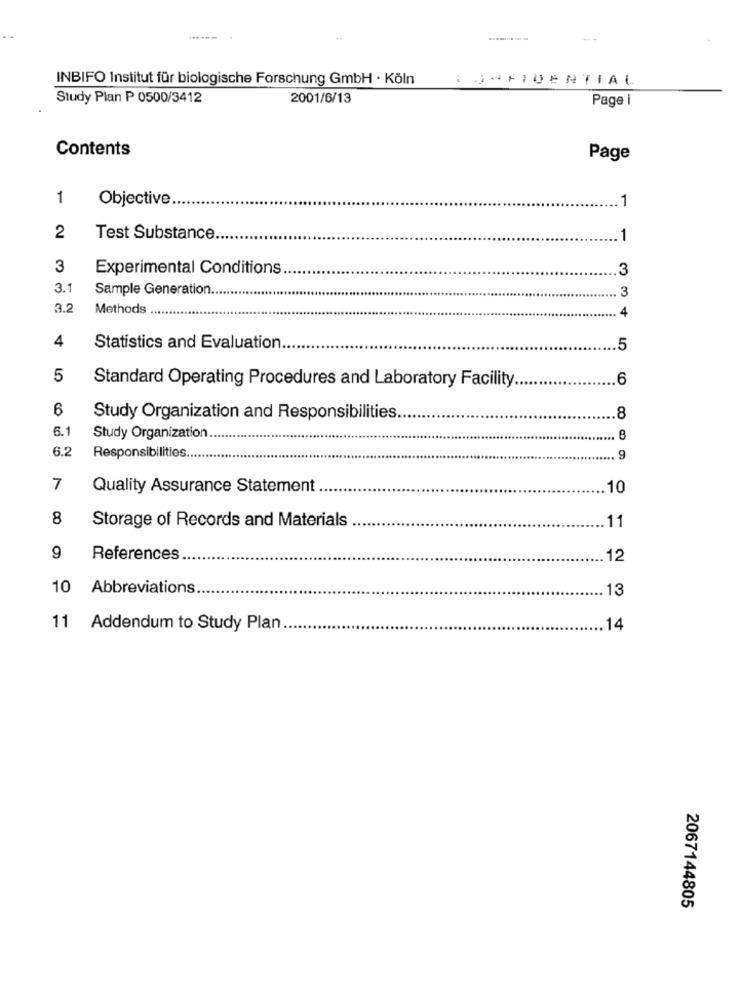
INBIFO Institut für biologische Forschung GmbH · Köln
: )*FIDENTIAL
Study Plan P 0500/3412
2001/6/13
Page i
Contents
Page
1
Objective
1
2
Test Substance
1
3
Experimental Conditions
3
3.1
Sample Generation.
3
3.2
Methods
4
4
Statistics and Evaluation.
5
5
6
Standard Operating Procedures and Laboratory Facility ..
6
8
Study Organization and Responsibilities
6.1
Study Organization.
6.2
Responsibilities.
9
7
Quality Assurance Statement
.10
8
Storage of Records and Materials
11
9
References
12
10 Abbreviations
.13
11 Addendum to Study Plan
.. 14
2067144805